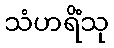
သံဟရိံသု